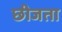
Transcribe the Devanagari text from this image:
छीजता